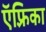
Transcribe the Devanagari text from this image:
ऍफ़्रिका